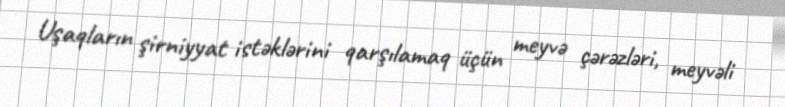
Uşaqların şirniyyat istəklərini qarşılamaq üçün meyvə çərəzləri, meyvəli